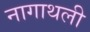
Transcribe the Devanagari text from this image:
नागाथली